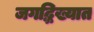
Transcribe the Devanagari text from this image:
जगद्धिख्यात